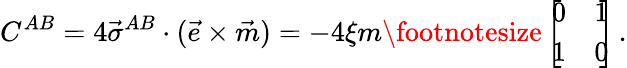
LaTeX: C^{AB}=4\vec{\sigma}^{AB}\cdot(\vec{e}\times\vec{m})=-4\xi m{{\footnotesize\left[\! \! \begin{array}{cc}{{0}}&{{1}}\\ {{1}}&{{0}}\end{array}\! \! \right]}}\, .